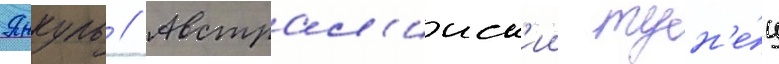
Янкуль // Австрал'ииск'ии тун'е́ц